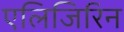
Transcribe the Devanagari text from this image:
एलिजिरिन